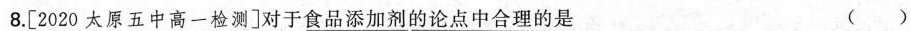
8.[2020太原五中高一检测]对于食品添加剂的论点中合理的是()